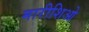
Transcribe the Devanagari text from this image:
मारीशिओ